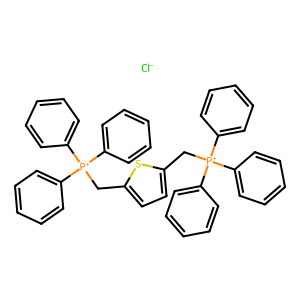
SMILES: [Cl-].c1ccc([P+](Cc2ccc(C[P+](c3ccccc3)(c3ccccc3)c3ccccc3)s2)(c2ccccc2)c2ccccc2)cc1
Inhibits HIV replication: Yes